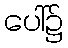
ပေါ်၌